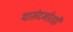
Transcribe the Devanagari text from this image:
यासंदर्भातही